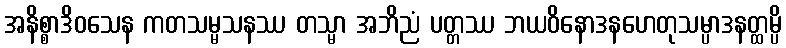
အနိစ္စာဒိဝသေန ကတသမ္မသနဿ တသ္မာ အဘိညံ ပတ္တဿ ဘယဝိနောဒနဟေတုသမ္ပာဒနတ္ထမ္ပိ